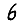
Digit: 6